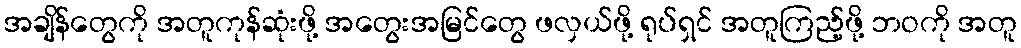
အချိန်တွေကို အတူကုန်ဆုံးဖို့ အတွေးအမြင်တွေ ဖလှယ်ဖို့ ရုပ်ရှင် အတူကြည့်ဖို့ ဘဝကို အတူ